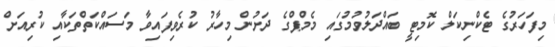
މިފަހަރުގެ ޓެކްނިކަލް ކޮމިޓީ ބައްދަލުވުމުގައި މެމްޕްގެ ދަށުން މިހާރު ކުރެވިފައިވާ މަސައްކަތްތަކާއި ކުރިއަށް